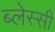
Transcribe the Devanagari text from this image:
ब्लेस्सी